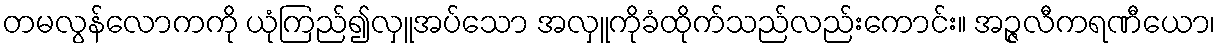
တမလွန်လောကကို ယုံကြည်၍လှူအပ်သော အလှူကိုခံထိုက်သည်လည်းကောင်း။ အဉ္ဇလီကရဏီယော၊